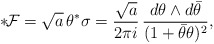
\begin{align*}{*}\!{\cal F}= \sqrt{a}\,\theta ^*\sigma=\frac{\sqrt{a}}{2\pi i}\,\frac{d\theta \wedge d{\bar \theta}}{(1+{\bar \theta} \theta )^2},\end{align*}